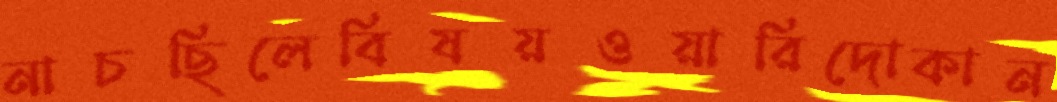
নাচছিলেবিষয়ওয়ারিদোকান